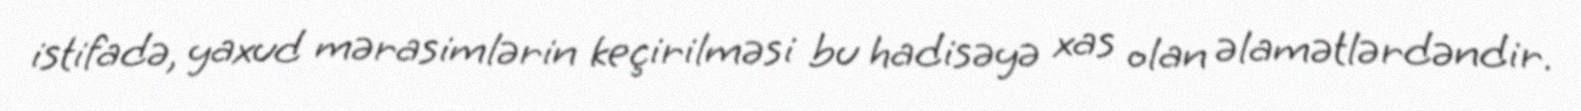
istifadə, yaxud mərasimlərin keçirilməsi bu hadisəyə xas olan əlamətlərdəndir.